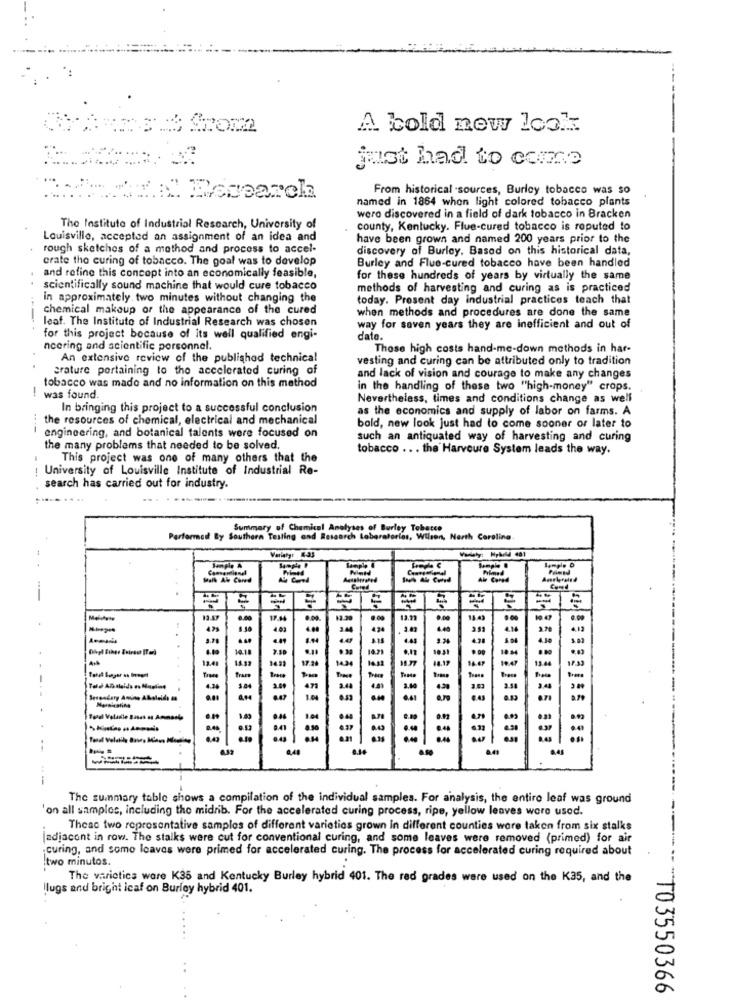
A bold new look:
just had to comme
From historical sources, Burley tobacco was so
named in 1864 when light colored tobacco plants
wero discovered in a field of dark tobacco in Bracken
The Institute of Industrial Research, University of
county, Kentucky. Flue-cured tobacco is reputed to
Louisville, accepted an assignment of an idea and
have been grown and named 200 years prior to the
rough sketches of a method and process to accel-
discovery of Burley. Based on this historical data,
crate the curing of tobacco. The goal was to develop
Burley and Flue-cured tobacco have been handled
and refine this concept into an economically feasible,
for these hundreds of years by virtually the same
scientifically sound machine that would cure tobacco
methods of harvesting and curing as is practiced
in approximately two minutes without changing the
today. Prosent day industrial practices teach that
chemical makeup or the appearance of the cured
when methods and procedures are done the same
--
leaf. The Instituto of Industrial Research was chosen
way for seven years they are inefficient and out of
for this project because of its well qualified engi-
date.
ncering and scientific porsonnel.
Those high costs hand-me-down methods in har-
An extensive review of the published technica!
vesting and curing can be attributed only to tradition
srature pertaining to the accelerated curing of
and lack of vision and courage to make any changes
tobacco was made and no information on this method
in the handling of these two "high-money" crops.
-
was found.
Nevertheless, times and conditions change as well
In bringing this project to a successful conclusion
as the economics and supply of labor on farms. A
the resources of chemical, electrical and mechanical
bold, new look just had to come sooner or later to
engineering, and botanical talents were focused on
such an antiquated way of harvesting and curing
the many problems that needed to be solved.
tobacco ... the Harveure System leads the way.
This project was one of many others that the
University of Louisville Institute of Industrial Re-
search has carried out for industry.
Summary of Chemical Analyses of Burley Tobacco
Performed By Southern Testing and Research Laboratories, Wilson, North Carolina.
-
Hall Al Cond
17.14
0.00
0.00
424
4.16
4.78
4.30
10.18
104
-
12.41
14.31
17.28
14.24
11.77
14.19
15 4
Trare
Brage
3.49
3.58
1.04
.. 43
.43
: 5
553
The summary table shows a compilation of the individual samples. For analysis, the entire leaf was ground
'on all samples, including the midrib. For the accelerated curing process, ripe, yellow leaves were used.
These two representative samples of different varieties grown in different counties were taken from six stalks
Jadiacont in row. The stalks were cut for conventional curing, and some leaves were removed (primed) for air
curing, and some loaves were primed for accelerated curing. The process for accelerated curing required about
two minutos.
The varieties were K35 and Kentucky Burley hybrid 401. The red grades were used on the K35, and the
llugs and bright icaf on Burley hybrid 401.
103550366